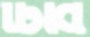
ঢিবি